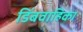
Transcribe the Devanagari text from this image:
डिंबवाहिका